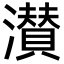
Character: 濽